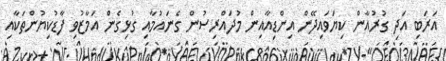
އަރަބި އަދި ގުރުއާން ކިޔަވައިދޭން އިންޑިއާއިން މުދައްރިސުން ގެނައުމާއި ގުޅިގެން އަމާޒުވި ފާޑުކިޔުންތަކާއި